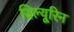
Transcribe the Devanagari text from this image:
सिल्यूरिन